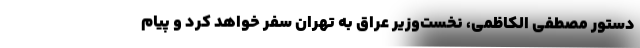
دستور مصطفی الکاظمی، نخست‌وزیر عراق به تهران سفر خواهد کرد و پیام